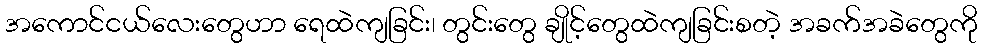
အကောင်ငယ်လေးတွေဟာ ရေထဲကျခြင်း၊ တွင်းတွေ ချိုင့်တွေထဲကျခြင်းစတဲ့ အခက်အခဲတွေကို